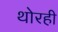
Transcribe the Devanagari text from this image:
थोरही